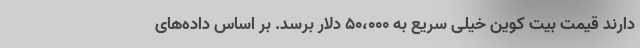
دارند قیمت بیت کوین خیلی سریع به ۵۰،۰۰۰ دلار برسد. بر اساس داده‌های